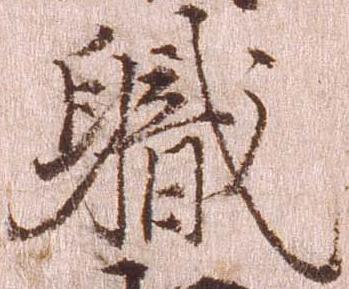
職